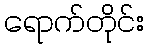
ရောက်တိုင်း